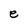
Character: e